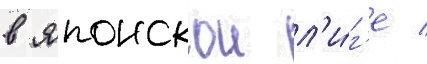
в японскои л'и́г'е /